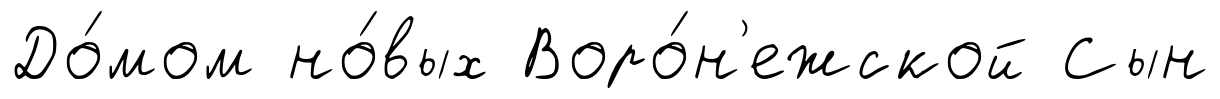
До́мом но́вых Воро́н'ежской Сын